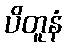
ပိတူနံ